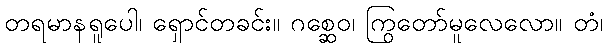
တရမာနရူပေါ၊ ရှောင်တခင်း။ ဂစ္ဆေဝ၊ ကြွတော်မူလေလော။ တံ၊